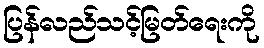
ပြန်လည်သင့်မြတ်ရေးကို